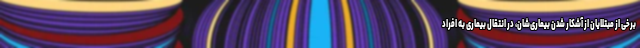
برخی از مبتلایان از آشکار شدن بیماری‌شان، در انتقال بیماری به افراد